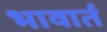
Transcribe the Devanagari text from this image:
भावार्त